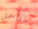
بالأحمق